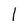
Character: l